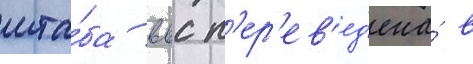
шта́ба ввс п'ер'ев'ед'ена́ в